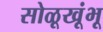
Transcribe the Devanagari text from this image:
सोळूखूंभू